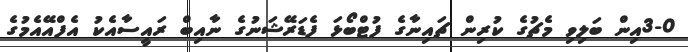
3-0އިން ބަލިވި މެޗުގެ ކުރިން ޗައިނާގެ ފުޓްބޯޅަ ފެޑަރޭޝަނުގެ ނާއިބް ރައީސާއެކު އެފްއޭއެމުގެ